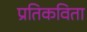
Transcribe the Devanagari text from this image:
प्रतिकविता